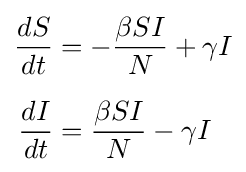
{\begin{aligned}{\frac {dS}{dt}}&=-{\frac {\beta SI}{N}}+\gamma I\\[6pt]{\frac {dI}{dt}}&={\frac {\beta SI}{N}}-\gamma I\end{aligned}}